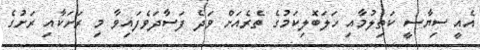
އެއީ ސިޔާސީ ކަތިލުމާއި ހަލަބޮލިކަމުގެ ތެރެއަށް ވަދެ ފަސާދަވެފައިވާ މި ރަށަކާއި ރަށުގެ